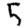
Digit: 5